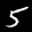
Label: 5